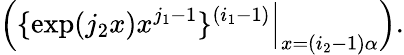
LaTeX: \left(\{ \exp(j_{2}x)x^{j_{1}-1}\} ^{(i_{1}-1)}{\Big|}_{x=(i_{2}-1)\alpha}\right).